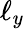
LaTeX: \ell_{y}